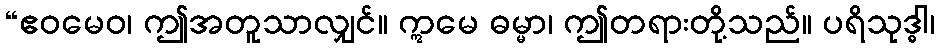
“ဧဝမေဝ၊ ဤအတူသာလျှင်။ ဣမေ ဓမ္မာ၊ ဤတရားတို့သည်။ ပရိသုဒ္ဓါ၊